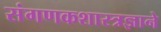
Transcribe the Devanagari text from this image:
संगणकशास्त्रज्ञाने